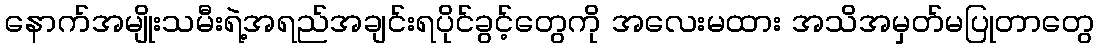
နောက်အမျိုးသမီးရဲ့အရည်အချင်းရပိုင်ခွင့်တွေကို အလေးမထား အသိအမှတ်မပြုတာတွေ